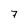
Character: 7